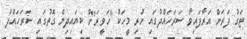
ޓަގު ފަރަށް އަރާފައިވާ ސަރަހައްދުގައި ހުރި މީހަކު "ހަވީރަ"ށް ކިޔައިދިން ގޮތުގައި ސަރަހައްދު